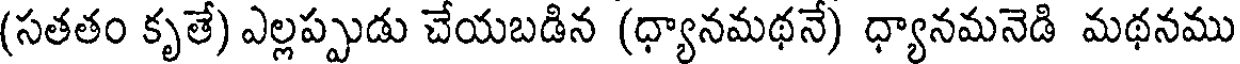
(సతతం కృతే) ఎల్లప్పుడు చేయబడిన (ధ్యానమథనే) ధ్యానమనెడి మథనము